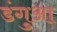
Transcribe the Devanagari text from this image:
डंगुआ